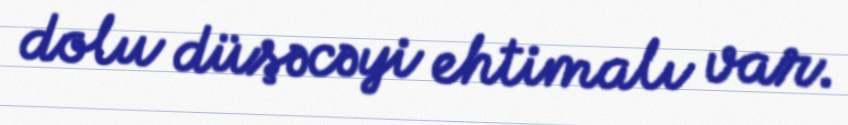
dolu düşəcəyi ehtimalı var.